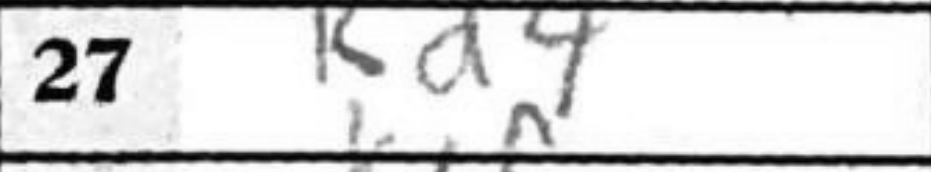
Transcription: Kd4